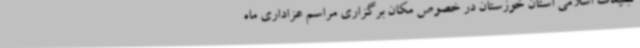
تبلیغات اسلامی استان خوزستان در خصوص مکان برگزاری مراسم عزاداری ماه